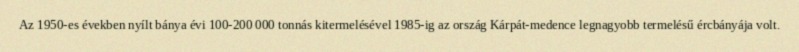
Az 1950-es években nyílt bánya évi 100-200 000 tonnás kitermelésével 1985-ig az ország Kárpát-medence legnagyobb termelésű ércbányája volt.